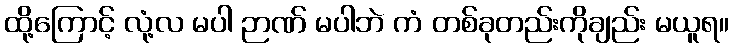
ထို့ကြောင့် လုံ့လ မပါ ဉာဏ် မပါဘဲ ကံ တစ်ခုတည်းကိုချည်း မယူရ။